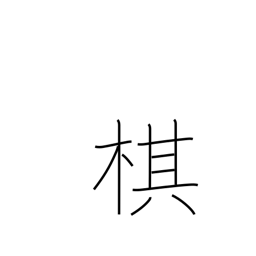
Meaning: chess piece